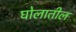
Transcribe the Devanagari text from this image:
घोलातील